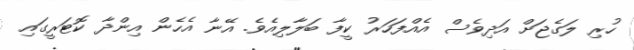
ހުރި ލަގެޖަށް އަދިވެސް އެއްފަހަރު ކީފާ ބަލާލިއެވެ. އޭނާ އެހެން އިންދާ ކޮޓަރީގައި